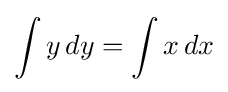
\int y\,dy=\int x\,dx